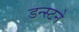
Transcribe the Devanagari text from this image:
डन्स्टने